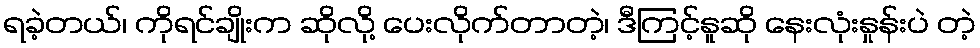
ရခဲ့တယ်၊ ကိုရင်ချိုးက ဆိုလို့ ပေးလိုက်တာတဲ့၊ ဒီကြင့်နူဆို နေးလုံးနှုန်းပဲ တဲ့